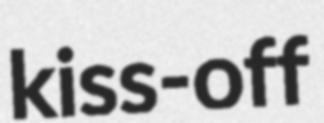
kiss-off